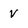
Character: v